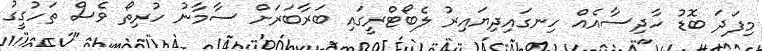
މިފަދަ ބޮޑު ހާދިސާއެއް ހިނގައިދިޔައިރު ލެބޯޓްރީގައި ބަރާބަރަށް ސާމާނު ހުރިތޯ ވެސް ތަހުގީގު